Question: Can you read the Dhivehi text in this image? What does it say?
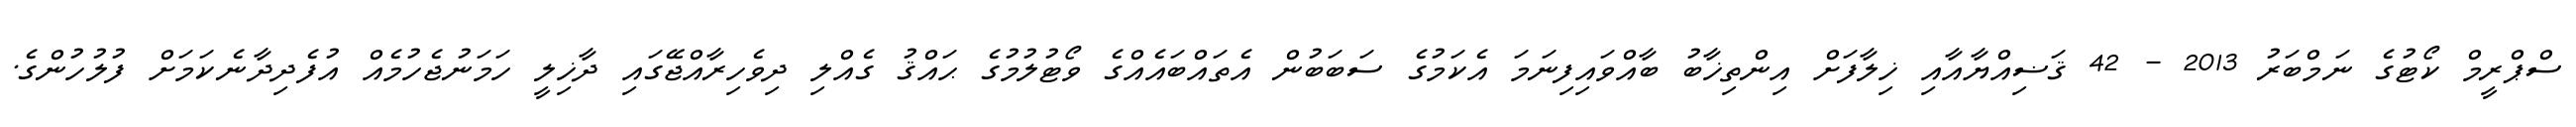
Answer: ސްޕްރީމް ކޯޓުގެ ނަމްބަރު 2013 - 42 ޤަޟިއްޔާއާއި ޚިލާފަށް އިންތިޚާބު ބާއްވައިފިނަމަ އެކަމުގެ ސަބަބުން އެތައްބައެއްގެ ވޯޓުލުމުގެ ޙައްޤު ގެއްލި ދިވެހިރާއްޖޭގައި ދާޚިލީ ހަމަނުޖެހުމެއް އުފެދިދާނެކަމަށް ފުލުހުންގެ.